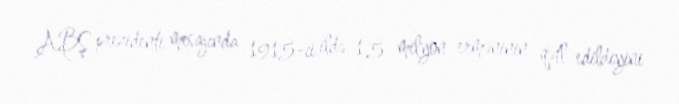
ABŞ prezidenti mesajında 1915-ci ildə 1,5 milyon erməninin qətl edildiyini